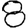
Digit: 8